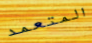
المتعمد